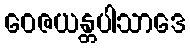
ဝေဇယန္တပါသာဒေ